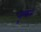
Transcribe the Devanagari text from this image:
नृपत